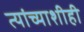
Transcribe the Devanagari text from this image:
त्यांच्याशीही